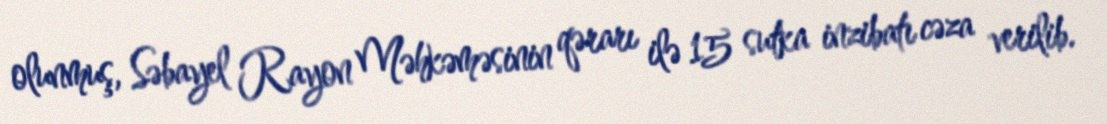
olunmuş, Səbayel Rayon Məhkəməsinin qərarı ilə 15 sutka inzibatı cəza verilib.